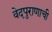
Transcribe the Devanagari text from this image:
वेदपुराणाची